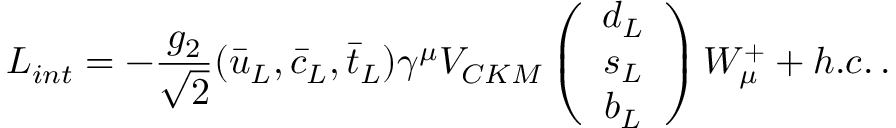
L _ { i n t } = - \frac { g _ { 2 } } { \sqrt { 2 } } ( \bar { u } _ { L } , \bar { c } _ { L } , \bar { t } _ { L } ) \gamma ^ { \mu } V _ { C K M } \left( \begin{array} { c c c } { { d _ { L } } } \\ { { s _ { L } } } \\ { { b _ { L } } } \end{array} \right) W _ { \mu } ^ { + } + h . c . \, .